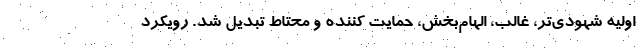
اولیه شهودی‌تر، غالب، الهام‌بخش، حمایت کننده و محتاط تبدیل شد. رویکرد